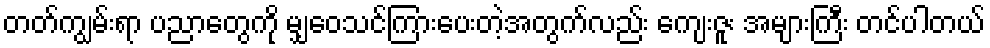
တတ်ကျွမ်းရာ ပညာတွေကို မျှဝေသင်ကြားပေးတဲ့အတွက်လည်း ကျေးဇူး အများကြီး တင်ပါတယ်